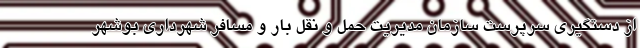
از دستگیری سرپرست سازمان مدیریت حمل و نقل بار و مسافر شهرداری بوشهر